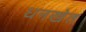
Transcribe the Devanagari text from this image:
धनखेत